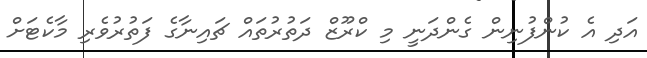
އަދި އެ ކުންފުނިން ގެންދަނީ މި ކްރޫޒް ދަތުރުތައް ޗައިނާގެ ފަތުރުވެރި މާކެޓަށް